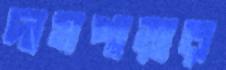
দাসপাড়ার